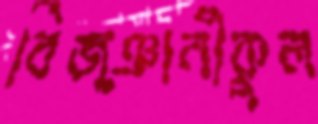
বিজ্ঞানীকুল